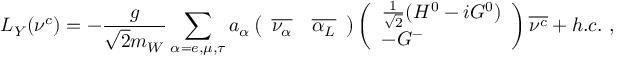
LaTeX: { \cal L } _ { Y } ( \nu ^ { c } ) = - \frac { g } { \sqrt { 2 } m _ { W } } \sum _ { \alpha = e , \mu , \tau } a _ { \alpha } \left( \begin{array} { l l } { { \overline { { { \nu _ { \alpha } } } } } } & { { \overline { { { \alpha _ { L } } } } } } \end{array} \right) \left( \begin{array} { l } { { \frac { 1 } { \sqrt { 2 } } ( H ^ { 0 } - i G ^ { 0 } ) } } \\ { { - G ^ { - } } } \end{array} \right) { \overline { { { \nu ^ { c } } } } } + h . c . \ ,